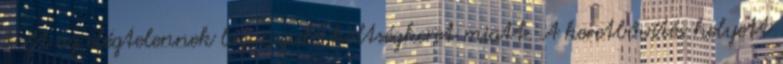
HM az elégtelennek bizonyuló költségkeret miatt. A keretbővítés helyett